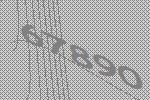
67890